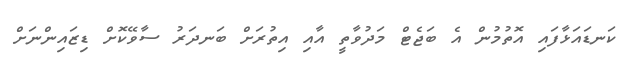
ކަނޑައަޅާފައި އޮތުމުން އެ ބަޖެޓް މަދުވާތީ އާއި އިތުރަށް ބަނދަރު ސާވޭކޮށް ޑިޒައިންނަށް